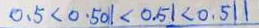
0 . 5 < 0 . 5 0 1 < 0 . 5 1 < 0 . 5 1 1